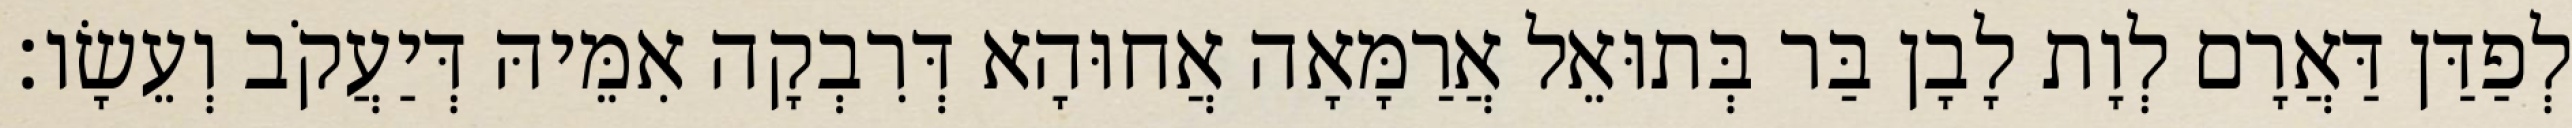
לְפַדַּן דַּאֲרָם לְוָת לָבָן בַּר בְּתוּאֵל אֲרַמָּאָה אֲחוּהָא דְּרִבְקָה אִמֵּיהּ דְּיַעֲקֹב וְעֵשָׂו׃